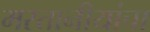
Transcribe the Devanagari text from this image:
मस्तानीयांचा